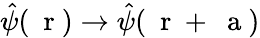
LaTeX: \hat{\psi}(\mathrm{~\mathbf~r~})\to\hat{\psi}(\mathrm{~\mathbf~r~}+\mathrm{~\mathbf~a~})